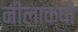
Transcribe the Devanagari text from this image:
नीलाक्षी